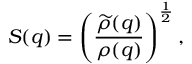
S ( q ) = \left( { \frac { \widetilde { \rho } ( q ) } { \rho ( q ) } } \right) ^ { { \frac { 1 } { 2 } } } ,